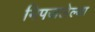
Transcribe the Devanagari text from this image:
निपजलेल्या